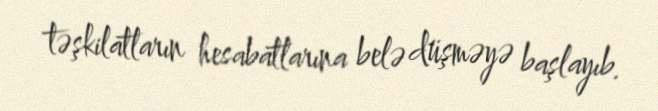
təşkilatların hesabatlarına belə düşməyə başlayıb.